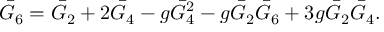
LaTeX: \bar { G } _ { 6 } = \bar { G } _ { 2 } + 2 \bar { G } _ { 4 } - g \bar { G } _ { 4 } ^ { 2 } - g \bar { G } _ { 2 } \bar { G } _ { 6 } + 3 g \bar { G } _ { 2 } \bar { G } _ { 4 } .